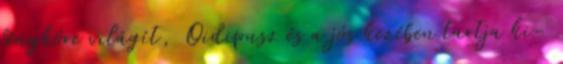
fényköre világít, Oidipusz és a jós kezében tartja ki-